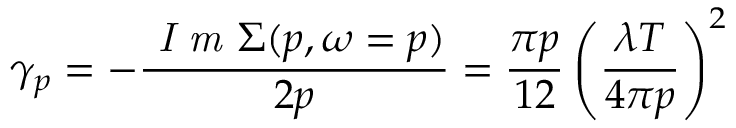
\gamma _ { p } = - \frac { \textit { I m } \Sigma ( p , \omega = p ) } { 2 p } = \frac { \pi p } { 1 2 } \left( \frac { \lambda T } { 4 \pi p } \right) ^ { 2 }